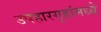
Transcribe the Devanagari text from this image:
उपहारगृहांमध्ये